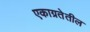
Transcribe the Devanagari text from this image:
एकाग्रतेतील